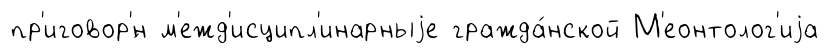
пр'иговор'́н м'ежд'исципл'инарныjе гражда́нской М'еонтолог'иjа